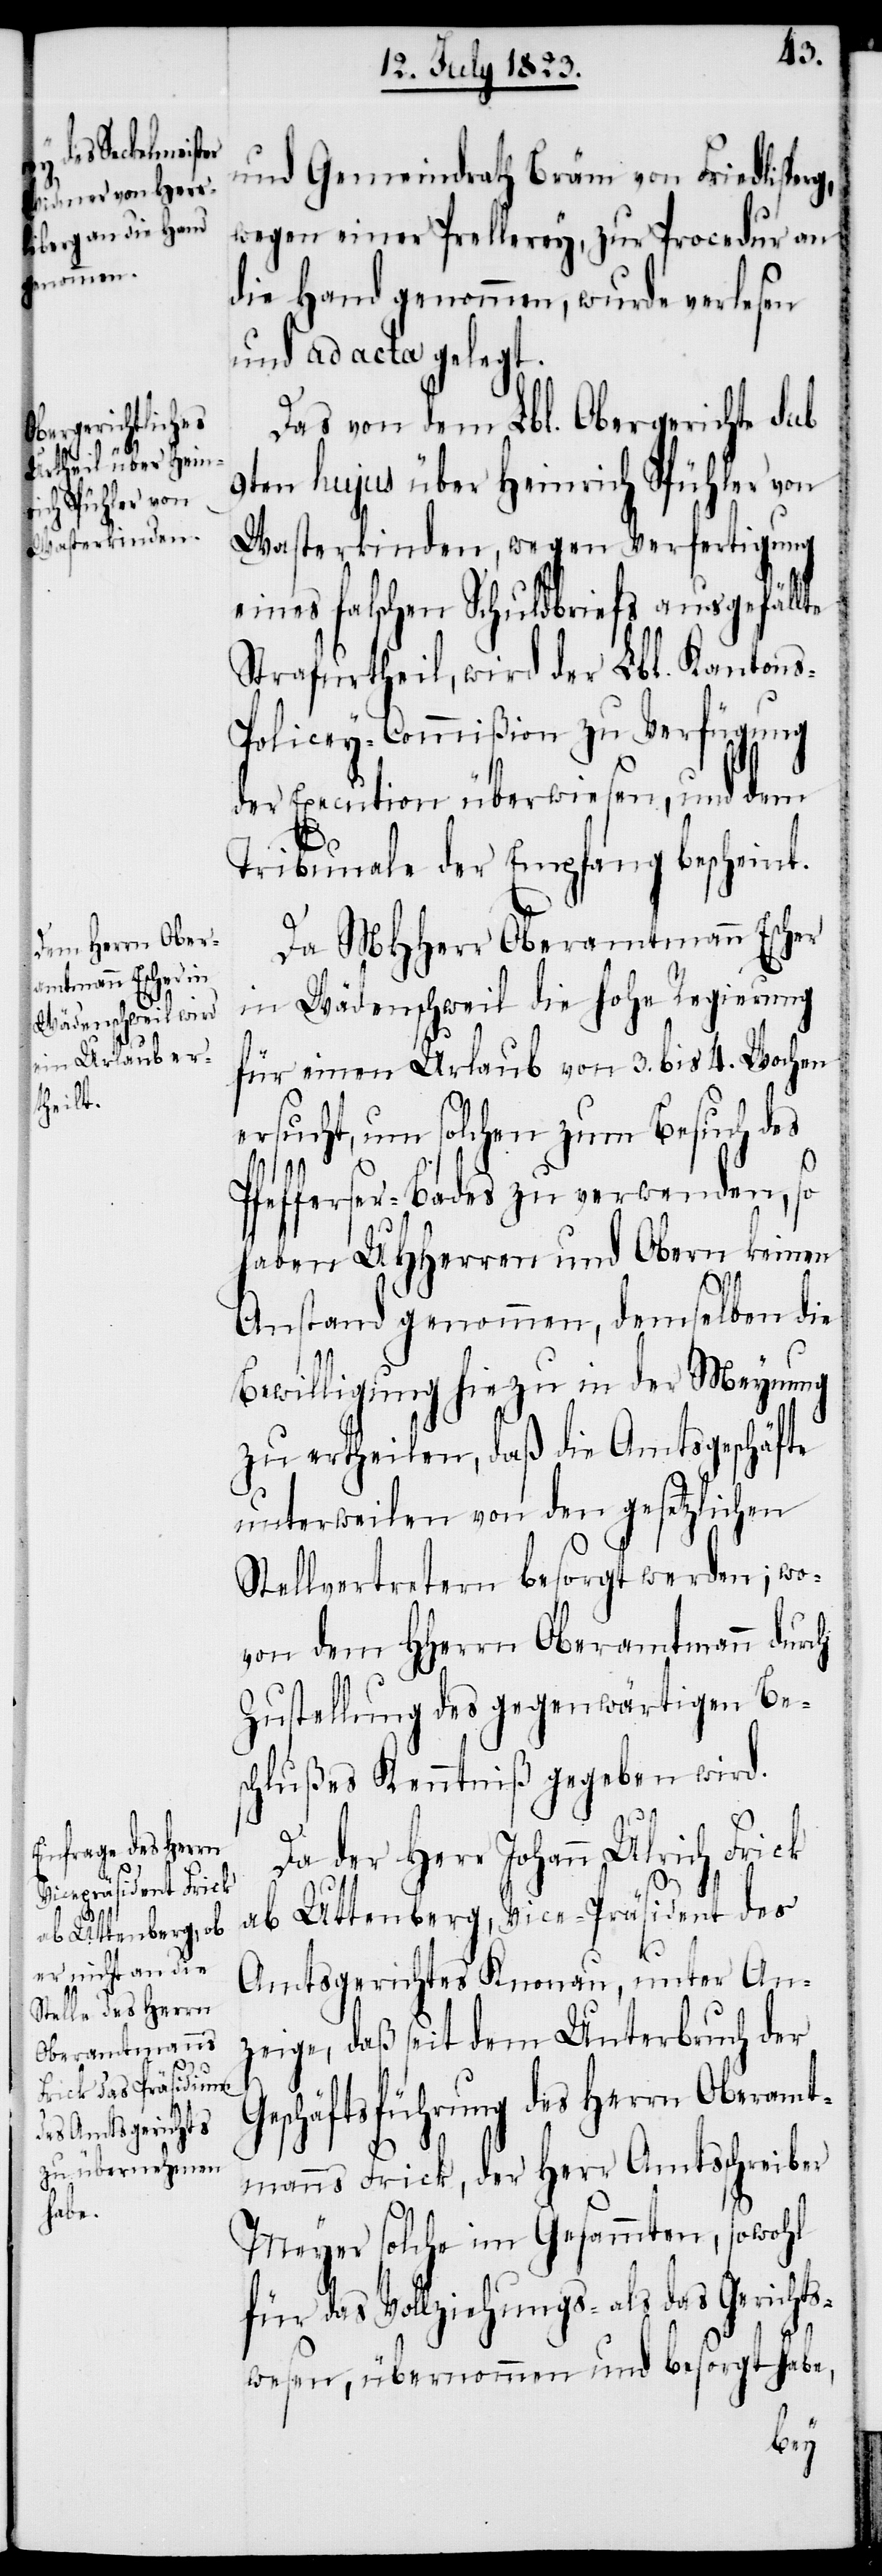
das
als das Gerichts¬

und Gemeindrath Bräm von Friedlisper¬
wegen einer Prellerey, zur Procedur an
die Hand genommen, wurde verlesen
und ad acta gelegt.
Das von dem Lbl. Obergerichte sub
9ten hujus über Heinrich Spühler von
Wasterkinden, wegen Verfertigung
eines falschen Schuldbriefs ausgefällte
Strafurtheil, wird der Lbl. Kanton¬
s-Policey-Commißion zu Verfügung
der Execution überwiesen, und dem
Tribunale der Empfang bescheint.
Da MHHerr Oberamtmann Escher
in Wädenschweil die hohe Regierung
für einen Urlaub von 3. bis 4. Wochen
ersucht, um solchen zum Besuch des
Pfefferser-Bades zu verwenden, so
haben UHHerren und Obern keinen
Anstand genommen, demselben die
Bewilligung hiezu in der Meynung
zu ertheilen, daß die Amtsgeschäfte
unterweilen von den gesetzlichen
Stellvertretern besorgt werden; wo¬
von dem HHerrn Oberamtmann durch
Zustellung des gegenwärtigen Be¬
schlußes Kenntniß gegeben wird.
Da der Herr Johann Ulrich Frick
Uttenberg, Vice-Präsident des
ab
Amtsgerichtes Knonau, unter An¬
zeige, daß seit dem Unterbruch der
Geschäftsführung des Herrn Oberamt¬
g,
manns Frick, der Herr Amtsschreiber
Meyer solche im Gesammten, sowohl
wesen, übernommen und besorgt habe,